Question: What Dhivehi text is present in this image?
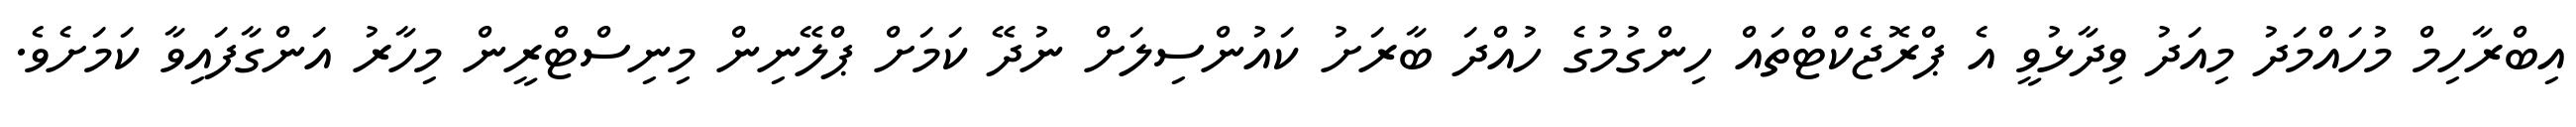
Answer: އިބްރާހިމް މުހައްމަދު މިއަދު ވިދާޅުވީ އެ ޕްރޮޖެކްޓްތައް ހިންގުމުގެ ހުއްދަ ބާރަށު ކައުންސިލަށް ނުދޭ ކަމަށް ޕްލޭނިން މިނިސްޓްރީން މިހާރު އަންގާފައިވާ ކަމަށެވެ.